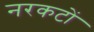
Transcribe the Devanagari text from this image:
नरकटों